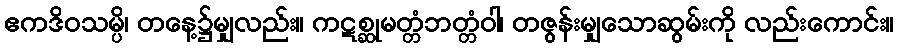
ဧကဒိဝသမ္ပိ၊ တနေ့၌မျှလည်း။ ကဋစ္ဆုမတ္တံဘတ္တံဝါ၊ တဇွန်းမျှသောဆွမ်းကို လည်းကောင်း။